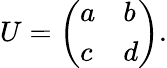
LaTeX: U=\left(\begin{array}{ll}{a}&{b}\\ {c}&{d}\end{array}\right).